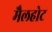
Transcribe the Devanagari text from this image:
मैलहोट